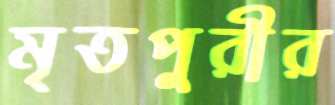
মৃতপুরীর